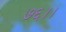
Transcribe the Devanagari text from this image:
७६।।